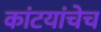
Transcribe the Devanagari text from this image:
कांटयांचेच